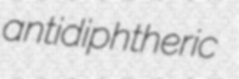
antidiphtheric